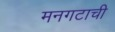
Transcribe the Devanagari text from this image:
मनगटाची